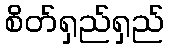
စိတ်ရှည်ရှည်